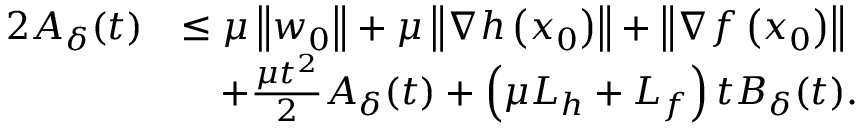
\begin{array} { r l } { 2 A _ { \delta } ( t ) } & { \leq \mu \left\Vert w _ { 0 } \right\Vert + \mu \left\Vert \nabla h \left( x _ { 0 } \right) \right\Vert + \left\Vert \nabla f \left( x _ { 0 } \right) \right\Vert } \\ & { \quad + \frac { \mu t ^ { 2 } } { 2 } A _ { \delta } ( t ) + \left( \mu L _ { h } + L _ { f } \right) t B _ { \delta } ( t ) . } \end{array}